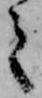
之